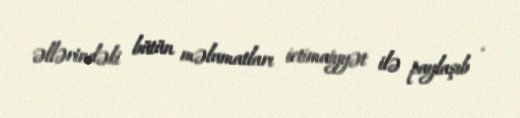
əllərindəki bütün məlumatları ictimaiyyət ilə paylaşıb .